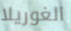
الغوريلا